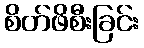
စိတ်ဖိစီးခြင်း